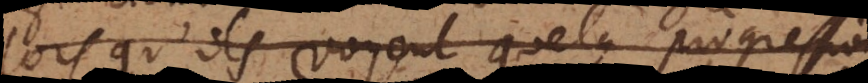
lorsqu’ils voyent quelque progression